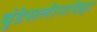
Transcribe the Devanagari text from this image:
बुंडेसलीगापेक्षा